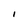
Character: I